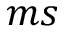
m s